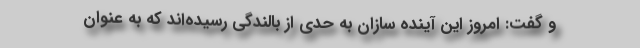
و گفت: امروز این آینده سازان به حدی از بالندگی رسیده‌اند که به عنوان